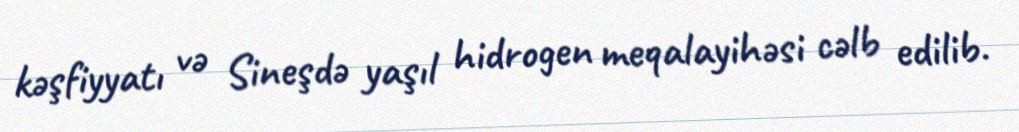
kəşfiyyatı və Sineşdə yaşıl hidrogen meqalayihəsi cəlb edilib.